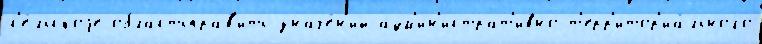
с'е́льскоjе областьправ'ить значе́н'ий адм'ин'истрат'ивно-т'ерр'итор'иа́льного